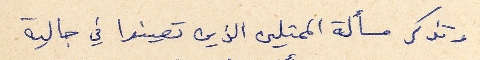
وتذكر مسألة الممثلين الين تعينوا في جالية